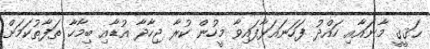
ޙަޤީޤީ މާނައާއި ހައްދު ފަހަނައަޅާފައިވާ މީހުން ކުރާ ޖިހާދާ އުޑާއި ބިމާހާ ތަފާތުކަމަށް